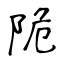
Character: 陒